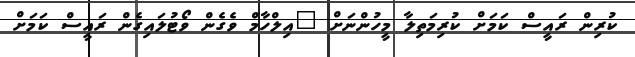
ކުރިން ރައީސް ކަމަށް ކުރިމަތިލާ މީހުންނަށް "އިލްހާމް ވެގެން ވޯޓުލައިގެން ރައީސް ކަމަށް